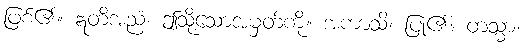
ဖြစ်၏။ ဣတိအညံ၊ ဤသို့သောအမှတ်ကို။ အကာသိ၊ ပြု၏။ တသ္မာ၊